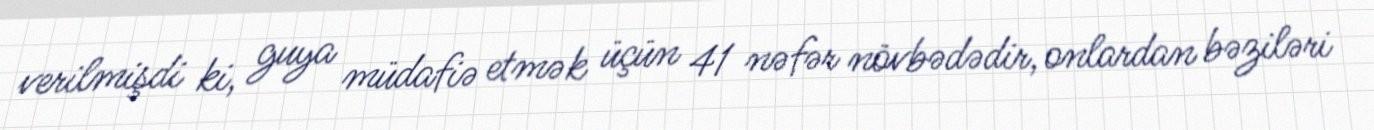
verilmişdi ki, guya müdafiə etmək üçün 41 nəfər növbədədir, onlardan bəziləri